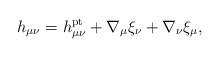
LaTeX: \begin{align*}h_{\mu\nu} = h_{\mu\nu}^{\rm pt}+\nabla_{\mu}\xi_{\nu}+\nabla_{\nu}\xi_{\mu},\end{align*}